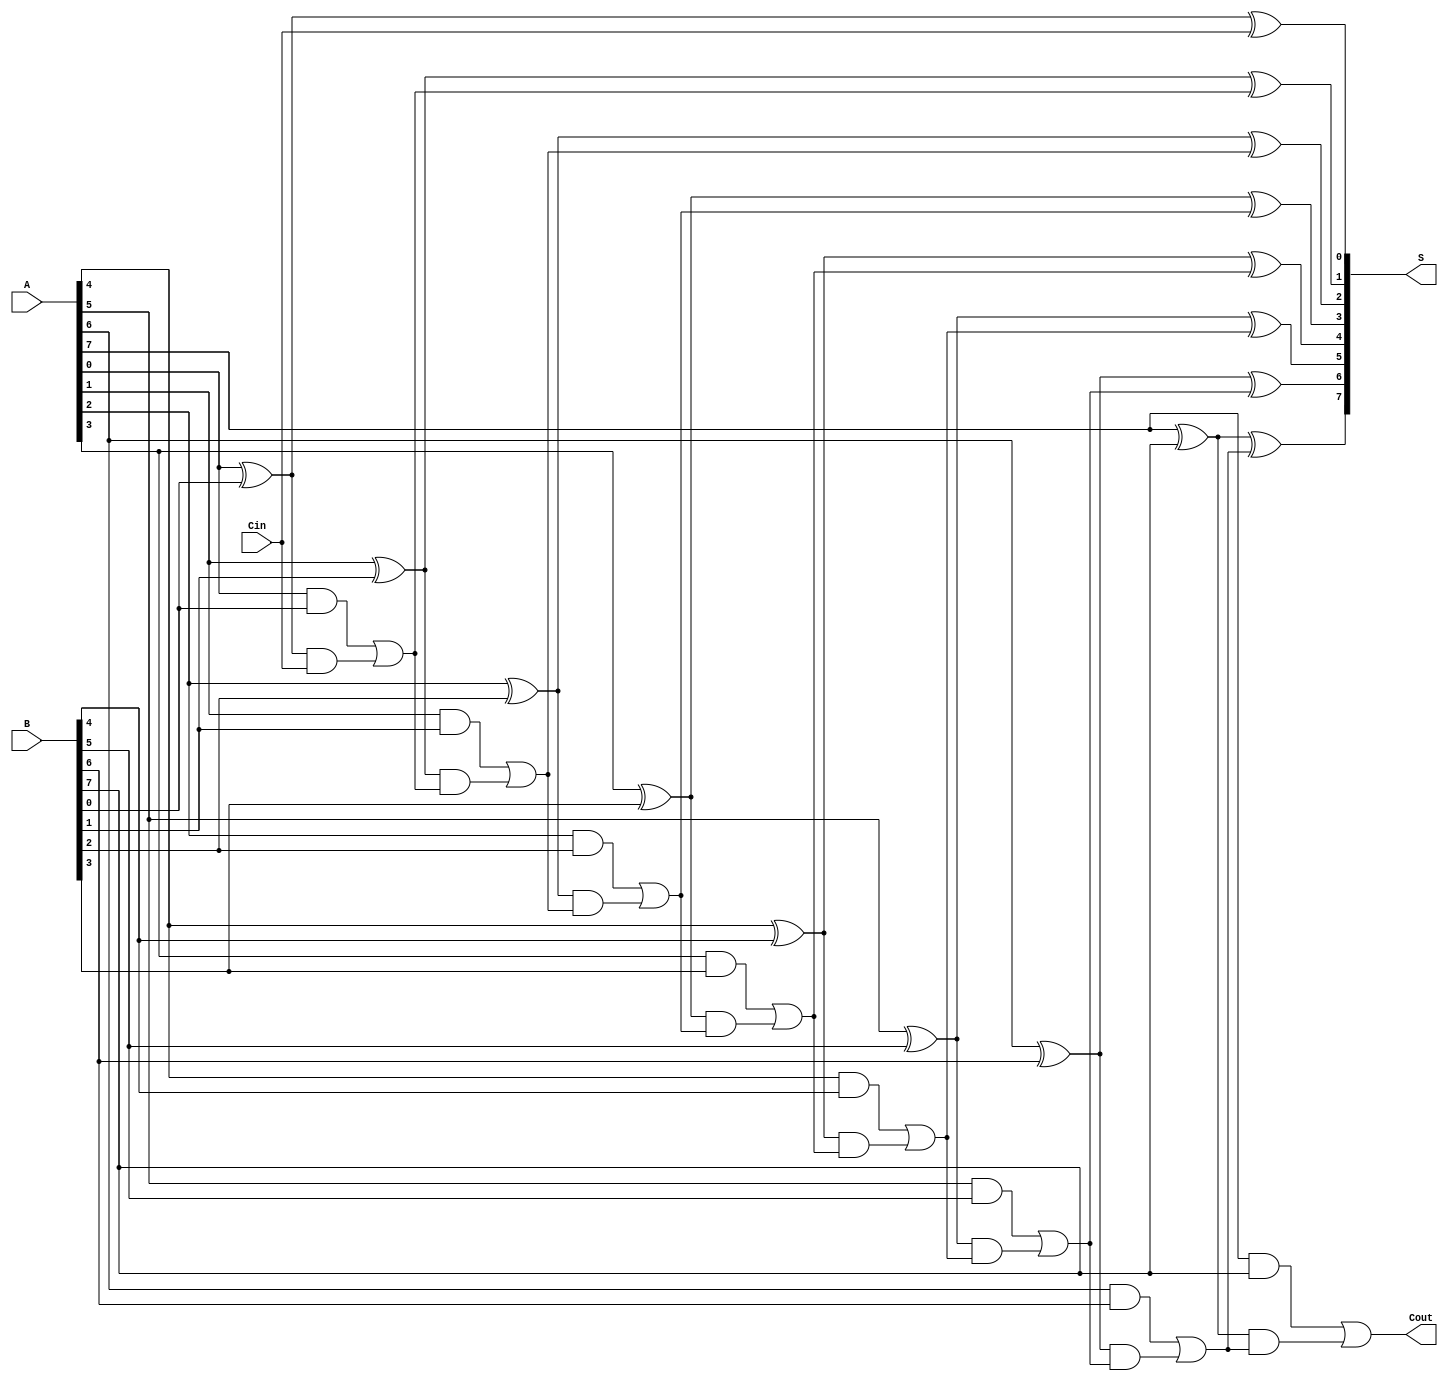
module CSPA #(parameter N = 8) (
    input  [N-1:0] A,      // First operand
    input  [N-1:0] B,      // Second operand
    input         Cin,      // Carry-in
    output [N-1:0] S,      // Sum output
    output        Cout      // Carry-out
);

    // Internal signals for carry generation
    wire [N:0] G; // Generate signals
    wire [N:0] P; // Propagate signals
    wire [N:0] C; // Carry signals

    // Generate and propagate signals
    genvar i;
    generate
        for (i = 0; i < N; i = i + 1) begin : gen_prop
            assign P[i] = A[i] ^ B[i]; // Propagate
            assign G[i] = A[i] & B[i]; // Generate
        end
        assign P[N] = 1'b1; // Last propagate signal
        assign G[N] = 1'b0; // Last generate signal
    endgenerate

    // Carry generation using Kogge-Stone prefix structure
    assign C[0] = Cin; // Initial carry-in
    generate
        for (i = 0; i < N; i = i + 1) begin : carry_gen
            assign C[i + 1] = G[i] | (P[i] & C[i]);
        end
    endgenerate

    // Sum calculation using carry select mechanism
    generate
        for (i = 0; i < N; i = i + 1) begin : sum_calc
            assign S[i] = P[i] ^ C[i]; // Sum calculation
        end
    endgenerate

    // Final carry-out
    assign Cout = C[N];

endmodule